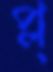
প্ল্